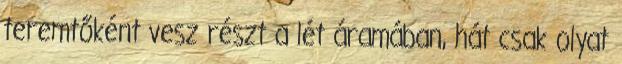
teremtőként vesz részt a lét áramában, hát csak olyat